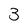
Character: 3